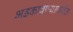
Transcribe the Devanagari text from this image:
भडकावण्यापर्यंत